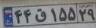
۴۴ق۱۵۵۲۹